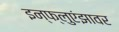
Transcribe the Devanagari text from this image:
इन्फ्लुएंझावर